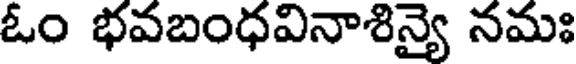
ఓం భవబంధవినాశిన్యై నమః